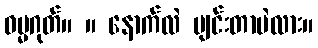
ဓမ္မဂုတ်။ ။ နောက်လဲ ပျင်းတာပဲလား။